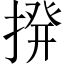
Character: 𫝼